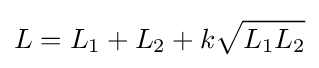
L=L_{1}+L_{2}+k{\sqrt {L_{1}L_{2}}}